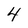
Character: 4